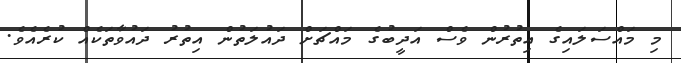
މި މައްސަލައިގެ އިތުރުން ވެސް އަދީބުގެ މައްޗަށް ދައުލަތުން އިތުރު ދައުވާތަކެއް ކުރެއެވެ.